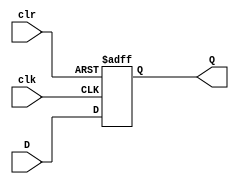
module d_flip_flop (
    input D,
    input clk,
    input clr,
    output reg Q
);

// Logic for the D flip-flop
always @(posedge clk or posedge clr)
begin
    if (clr)
        Q <= 1'b0; // Clear input asynchronously resets the flip-flop
    else
        Q <= D; // Store the value of D input on the rising edge of the clock signal
end

endmodule